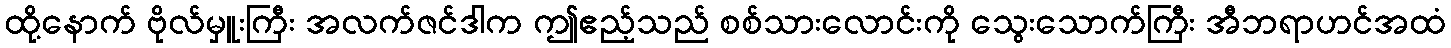
ထို့နောက် ဗိုလ်မှူးကြီး အလက်ဇင်ဒါက ဤဧည့်သည် စစ်သားလောင်းကို သွေးသောက်ကြီး အီဘရာဟင်အထံ